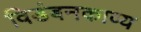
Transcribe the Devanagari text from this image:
विडंबनकाव्य